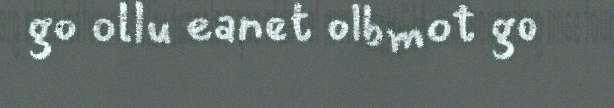
go ollu eanet olbmot go